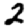
Digit: 2